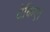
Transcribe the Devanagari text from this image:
टेकिए।